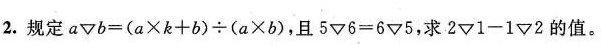
2. 规定 $$a ▽ b = ( a \times k + b ) \div ( a \times b )$$，且 $$5 ▽ 6 = 6 ▽ 5 $$，求$$2 ▽ 1 - 1 ▽ 2$$的值。